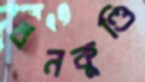
ধনকুণ্ডি